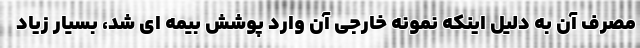
مصرف آن به دلیل اینکه نمونه خارجی آن وارد پوشش بیمه ای شد، بسیار زیاد